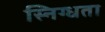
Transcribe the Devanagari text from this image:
स्निग्‍धता